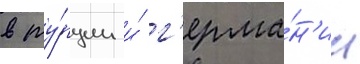
в ту́рции и́ г'ерма́н'ии